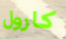
كارول